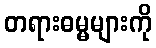
တရားဓမ္မများကို